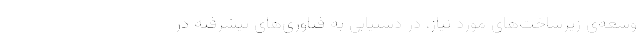
وسعه‌ی زیرساخت‌های مورد نیاز، در دستیابی به فناوری‌های پیشرفته در